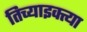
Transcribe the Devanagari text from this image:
तिच्याइक्त्या